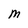
Character: M